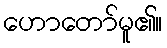
ဟောတော်မူ၏။